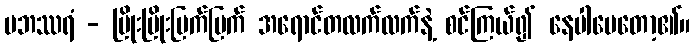
ပဘဿရံ - ပြိုးပြိုးပြက်ပြက် အရောင်တလက်လက်နဲ့ စင်ကြယ်၍ နေပါပေတော့၏။